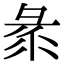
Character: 𢑛